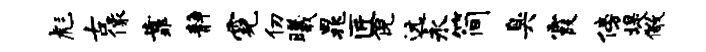
彪古像靠静霓仞曦晁匠倪远永简臭霞傍堤儆